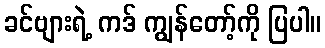
ခင်ဗျားရဲ့ ကဒ် ကျွန်တော့်ကို ပြပါ။